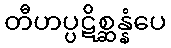
တီဟပ္ပဋိစ္ဆန္နံပေ